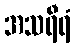
အသရီရံ